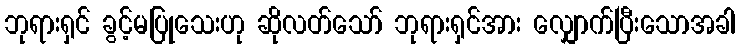
ဘုရားရှင် ခွင့်မပြုသေးဟု ဆိုလတ်သော် ဘုရားရှင်အား လျှောက်ပြီးသောအခါ